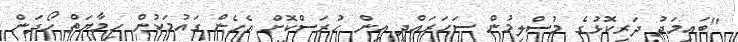
"ބައިމަދު ދަރިކޮޅުގެ މުސްލިމުން ސަހަރައްދީ އިން ހުރަސްކޮށް އެހެން ގައުމަކުން ހިމާޔަތް ހޯދަން